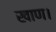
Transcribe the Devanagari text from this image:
खाण।